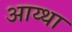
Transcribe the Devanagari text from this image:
आय्था